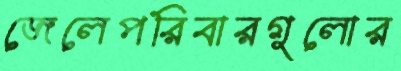
জেলেপরিবারগুলোর